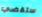
ستقضي